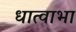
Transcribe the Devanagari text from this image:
धात्वाभा